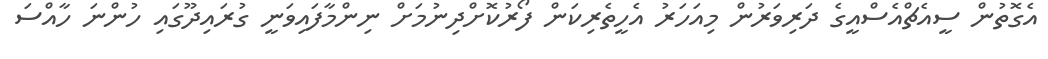
އެގޮތުން ސީއެޗްއެސްއީގެ ދަރިވަރުން މިއަހަރު އެހީތެރިކަން ފޯރުކޮށްދިނުމަށް ނިންމާފައިވަނީ ގުރައިދޫގައި ހުންނަ ހާއްސަ